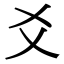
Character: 爻